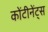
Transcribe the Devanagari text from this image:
कोंटीनेंट्स